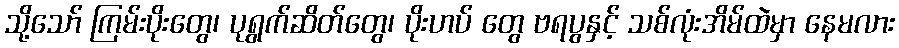
သို့သော် ကြမ်းပိုးတွေ၊ ပုရွက်ဆိတ်တွေ၊ ပိုးဟပ် တွေ ဗရပွနှင့် သစ်လုံးအိမ်ထဲမှာ နေမလား